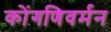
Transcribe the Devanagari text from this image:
कोंगणिवर्मन